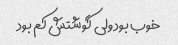
خوب بود ولی گوشتش کم بود